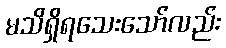
မသိရှိရသေးသော်လည်း